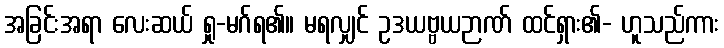
အခြင်းအရာ လေးဆယ် ရှု-မဂ်ရ၏။ မရလျှင် ဥဒယဗ္ဗယဉာဏ် ထင်ရှား၏- ဟူသည်ကား